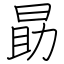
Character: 勗